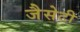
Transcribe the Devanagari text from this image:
जैसेटी